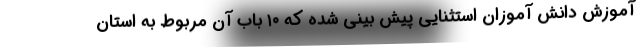
آموزش دانش آموزان استثنایی پیش بینی شده که ۱۰ باب آن مربوط به استان